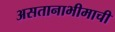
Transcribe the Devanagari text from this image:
असतानाभीमाची